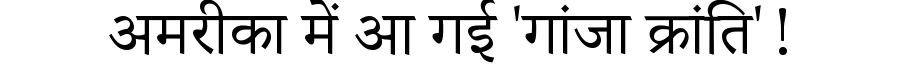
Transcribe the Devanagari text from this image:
अमरीका में आ गई 'गांजा क्रांति'!